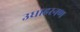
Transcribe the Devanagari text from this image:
उधाहरनण